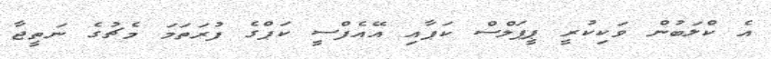
އެ ކްލަބުން ވަކިކުރީ ޕީޕަލްސް ކަޕާއި އޭއެފްސީ ކަޕްގެ ފުރަތަމަ މެޗުގެ ނަތީޖާ